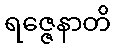
ရဇ္ဇေနာတိ